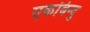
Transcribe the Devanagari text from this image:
एकबिन्दु